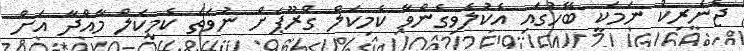
ޖެނެރިކް ނަމަކީ ބޭހުގައި އެކުލެވިގެންވާ ކެމިކަލް ގްރޫޕަށް ނުވަތަ ކެމިކަލް މާއްދާ އަށް